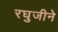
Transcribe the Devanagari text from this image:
रघुजीने